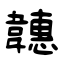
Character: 韢